Laidoner,_Johan, lk 107
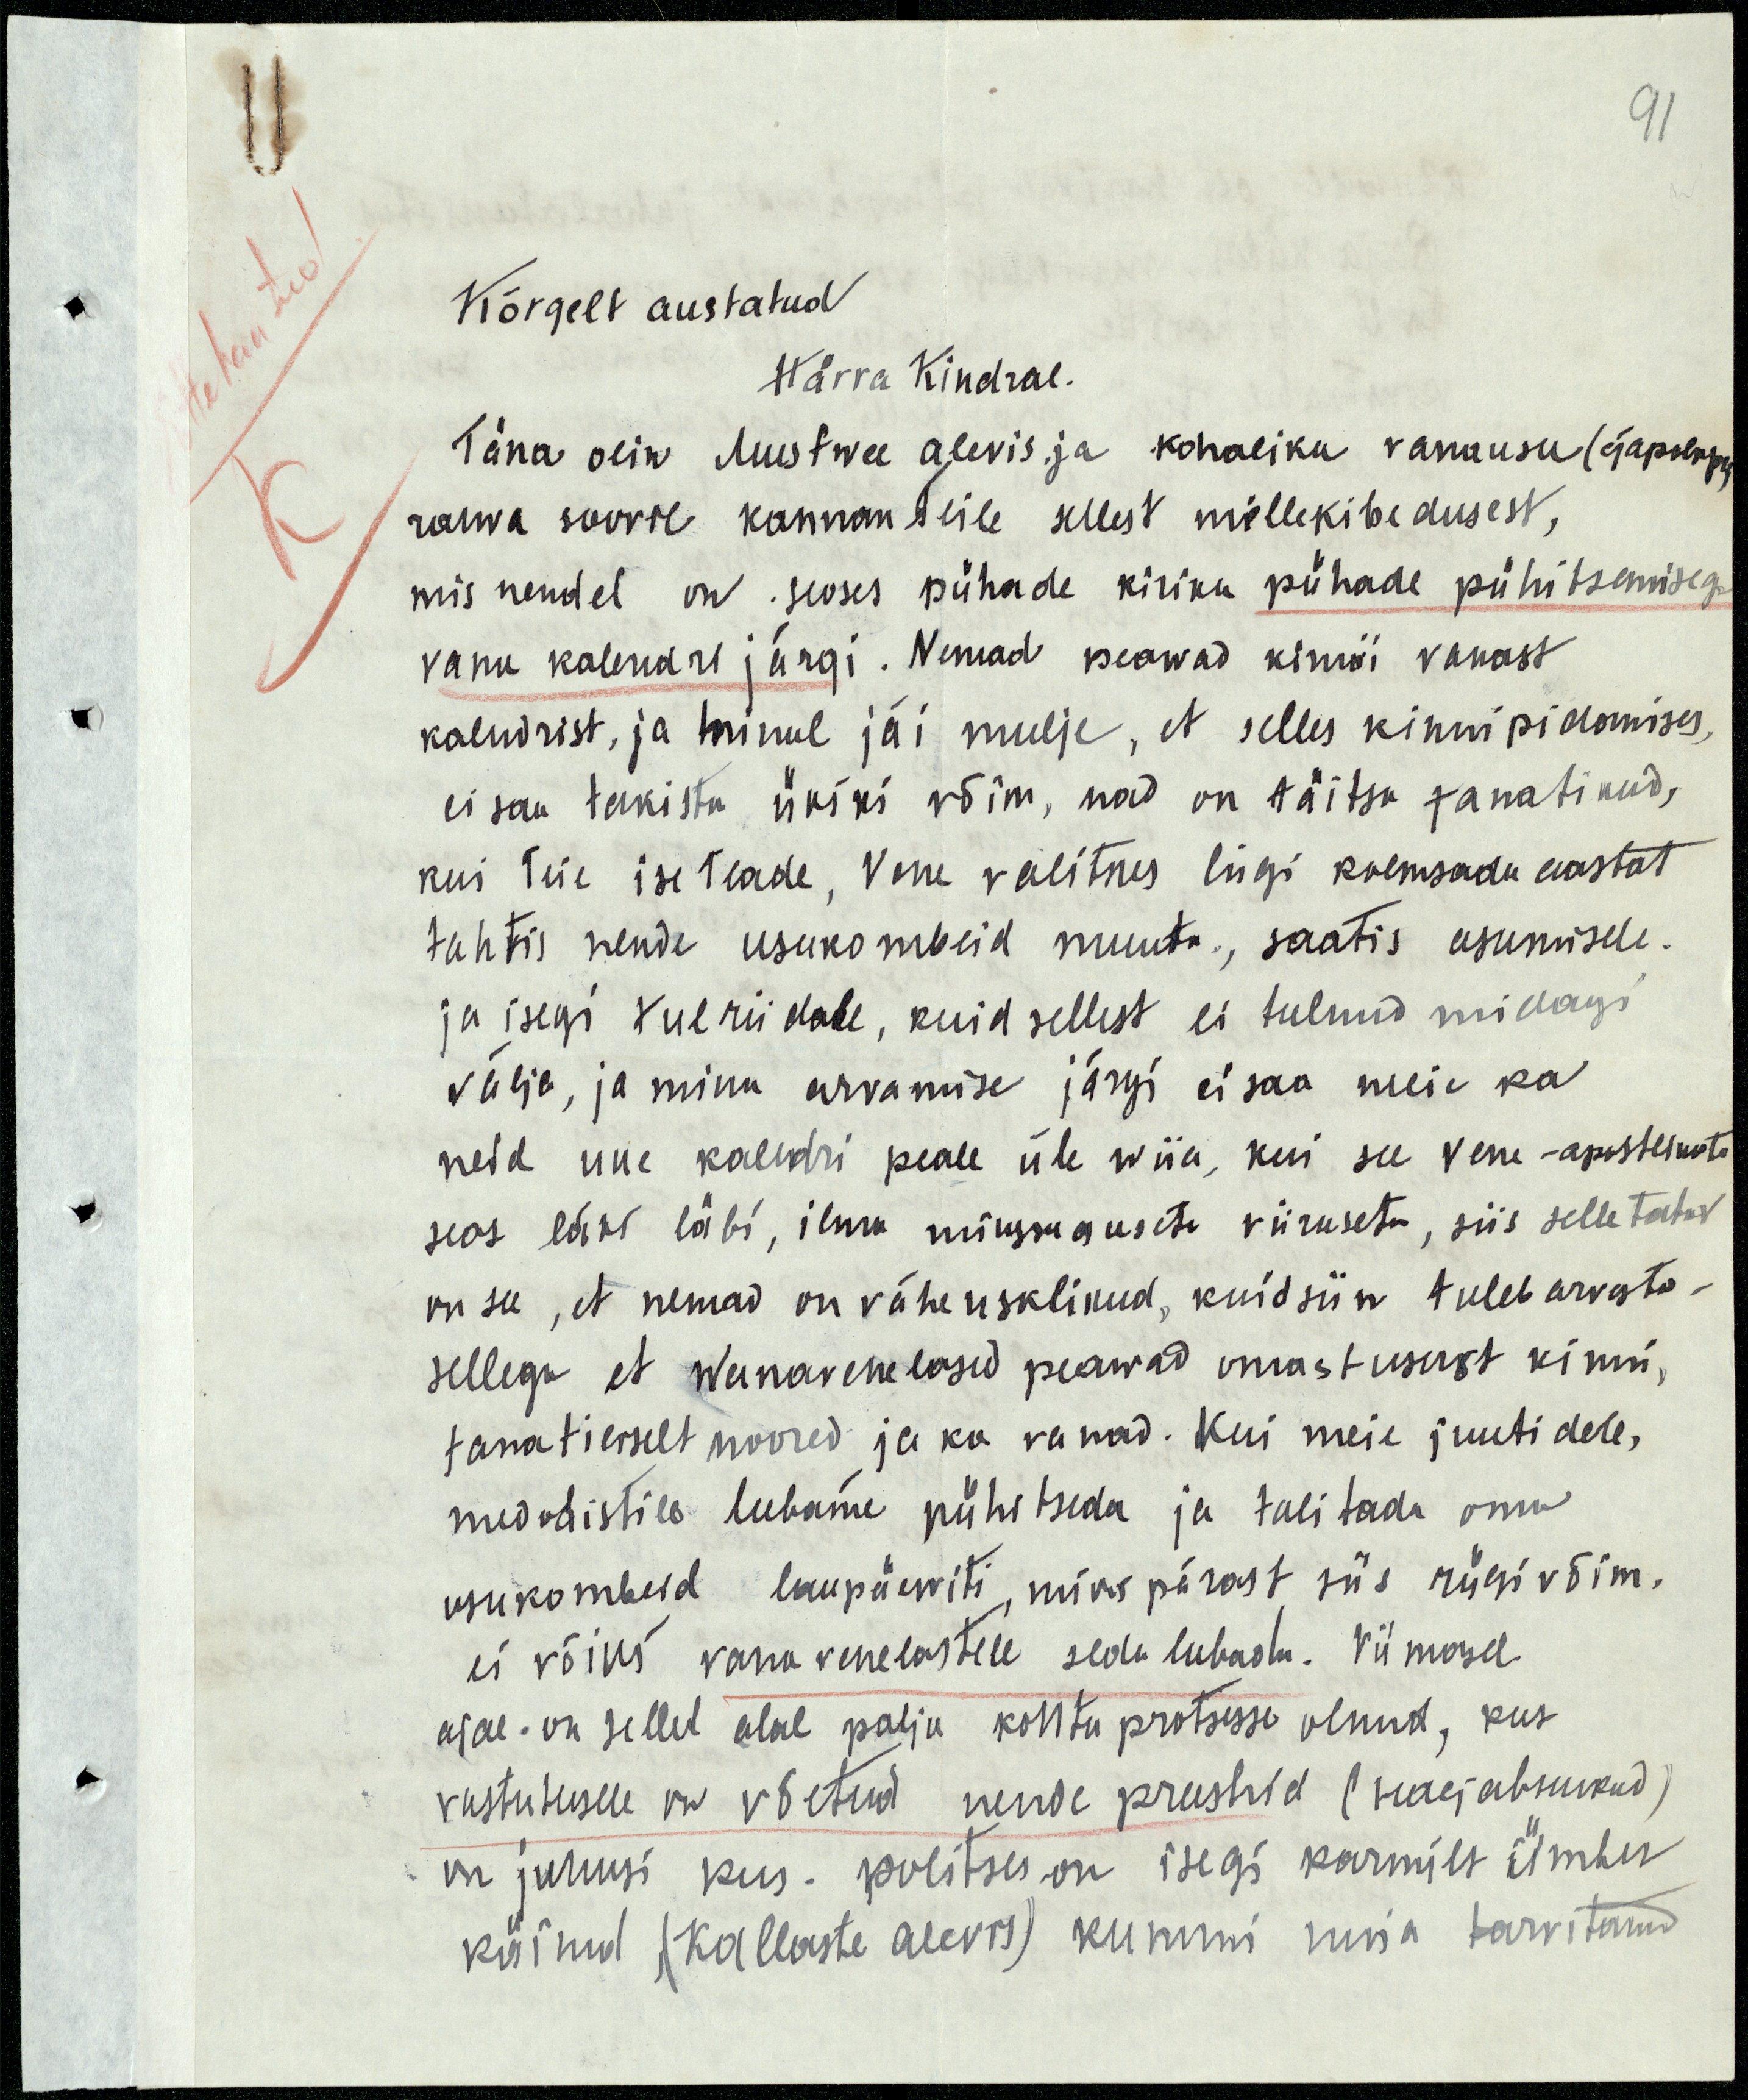
91

Kõrgelt austatud
Härra Kindral.
Täna olin Mustwee alevis ja kohaliku vanausu (зарезъ)
rahwa soowe kannan üle sellest mille kibedusest,
mis nendel on seoses pühade kiriku pühade pühitsemisega
vanu kalendri järgi. Nemad peawad kinni vanast
kalndrist, ja minul jäi mulje, et selles kinnipidamises,
ei saa takista ükski võim, nad on täitsa fanatikud,
kui Teie ise teade, Vene valitsus ligi kolmsada aastat,
tahtis nende usukombeid muuta, saatis asumisele.
ja isegi tueriidale, kuid sellest ei tulnud midagi
välja, ja minu arvamise järgi ei saa meie ka
neid uue kalndri peale üle wiia, kui see vene-apostlikute
seas läks läbi, ilma mingsuguste viirusetu, siis selle tahv
on see, et nemad on väheuslikud, kuid siin tuleb arvesta
sellega et wanavenelased peawad omast usust kinni,
fanatiliselt noored ja ka vanad. Kui meie juutidele,
medodistile lubame pühitseda ja talitada oma
usukombeid laupäewiti, miks pärast siis riigivõim,
ei võiks vana venelastele seda lubada. Viimasel
ajal. on sellel alal palju kohtu protsesse olnud, kus
vastutusele on võetud nende preestrid (siaajabsuikud)
on juhusi kus- politsei on isegi karmilt ümber
käinud (Kallaste alevis) kummi nuia tarvitand